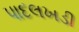
પાદલખડી